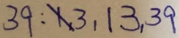
3 9 : x , 3 , 1 3 , 3 9